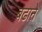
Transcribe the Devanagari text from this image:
बढाऩे